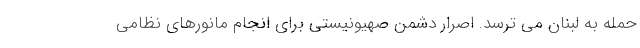
حمله به لبنان می ترسد. اصرار دشمن صهیونیستی برای انجام مانورهای نظامی